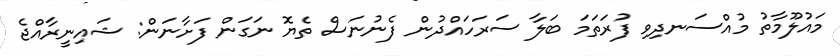
މައުލޫމާތު މުއްސަނދިވި ފުރަތަމަ ބަލާ ސަރަހައްދުން ފެނުނަސް ތެޔޮ ނަގަން ފަށާނަން: ޝައިނީރާއްޖެ